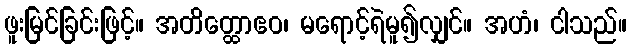
ဖူးမြင်ခြင်းဖြင့်။ အတိတ္ထောဧဝ၊ မရောင့်ရဲမူ၍လျှင်။ အဟံ၊ ငါသည်။